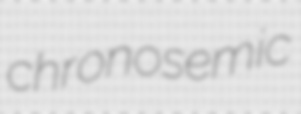
chronosemic